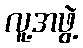
လူ့အဖွဲ့